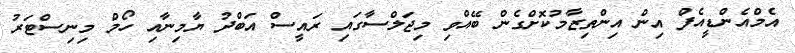
އެމްއެންޑީއެފް އިން އިންތިޒާމުކޮށްގެން ބޭއްވި މިޖަލްސާގައި ރައީސް އަބްދު ޔާމިނާއި ހޯމް މިނިސްޓަރު